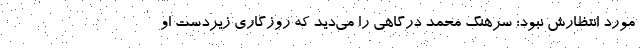
مورد انتظارش نبود؛ سرهنگ محمد درگاهی را می‌دید که روزگاری زیردست او